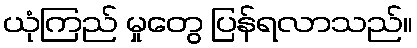
ယုံကြည် မှုတွေ ပြန်ရလာသည်။